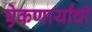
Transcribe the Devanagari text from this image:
ऐकणार्यांची